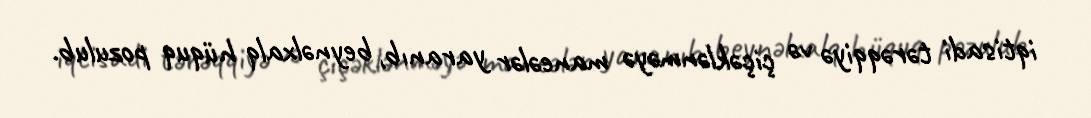
iqtisadi tərəqqiyə və çiçəklənməyə maneələr yaranıb, beynəlxalq hüquq pozulub.